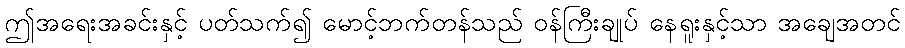
ဤအရေးအခင်းနှင့် ပတ်သက်၍ မောင့်ဘက်တန်သည် ဝန်ကြီးချုပ် နေရူးနှင့်သာ အချေအတင်